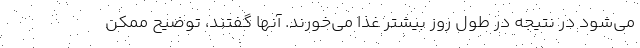
می‌شود در نتیجه در طول روز بیشتر غذا می‌خورند. آنها گفتند، توضیح ممکن